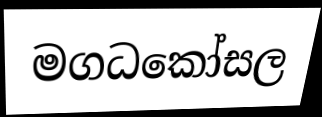
මගධකෝසල